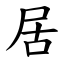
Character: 居